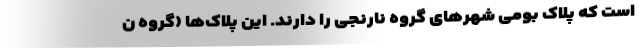
است که پلاک بومی شهرهای گروه نارنجی را دارند. این پلاک‌ها (گروه ن